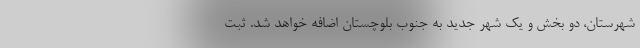
شهرستان، دو بخش و یک شهر جدید به جنوب بلوچستان اضافه خواهد شد. ثبت